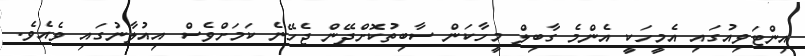
އިންޓަވިއުގައި އެމީހަކީ އެންމެ ގާބިލް މީހާކަން ސާބިތުކޮށްދޭން ޖެހޭނެ ކަމަށްވެސް އިއުލާނުގައި ވެއެވެ.